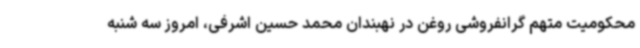
محکومیت متهم گرانفروشی روغن در نهبندان محمد حسین اشرفی، امروز سه شنبه